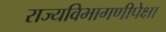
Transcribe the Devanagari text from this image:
राज्यविभागणीपेक्षा